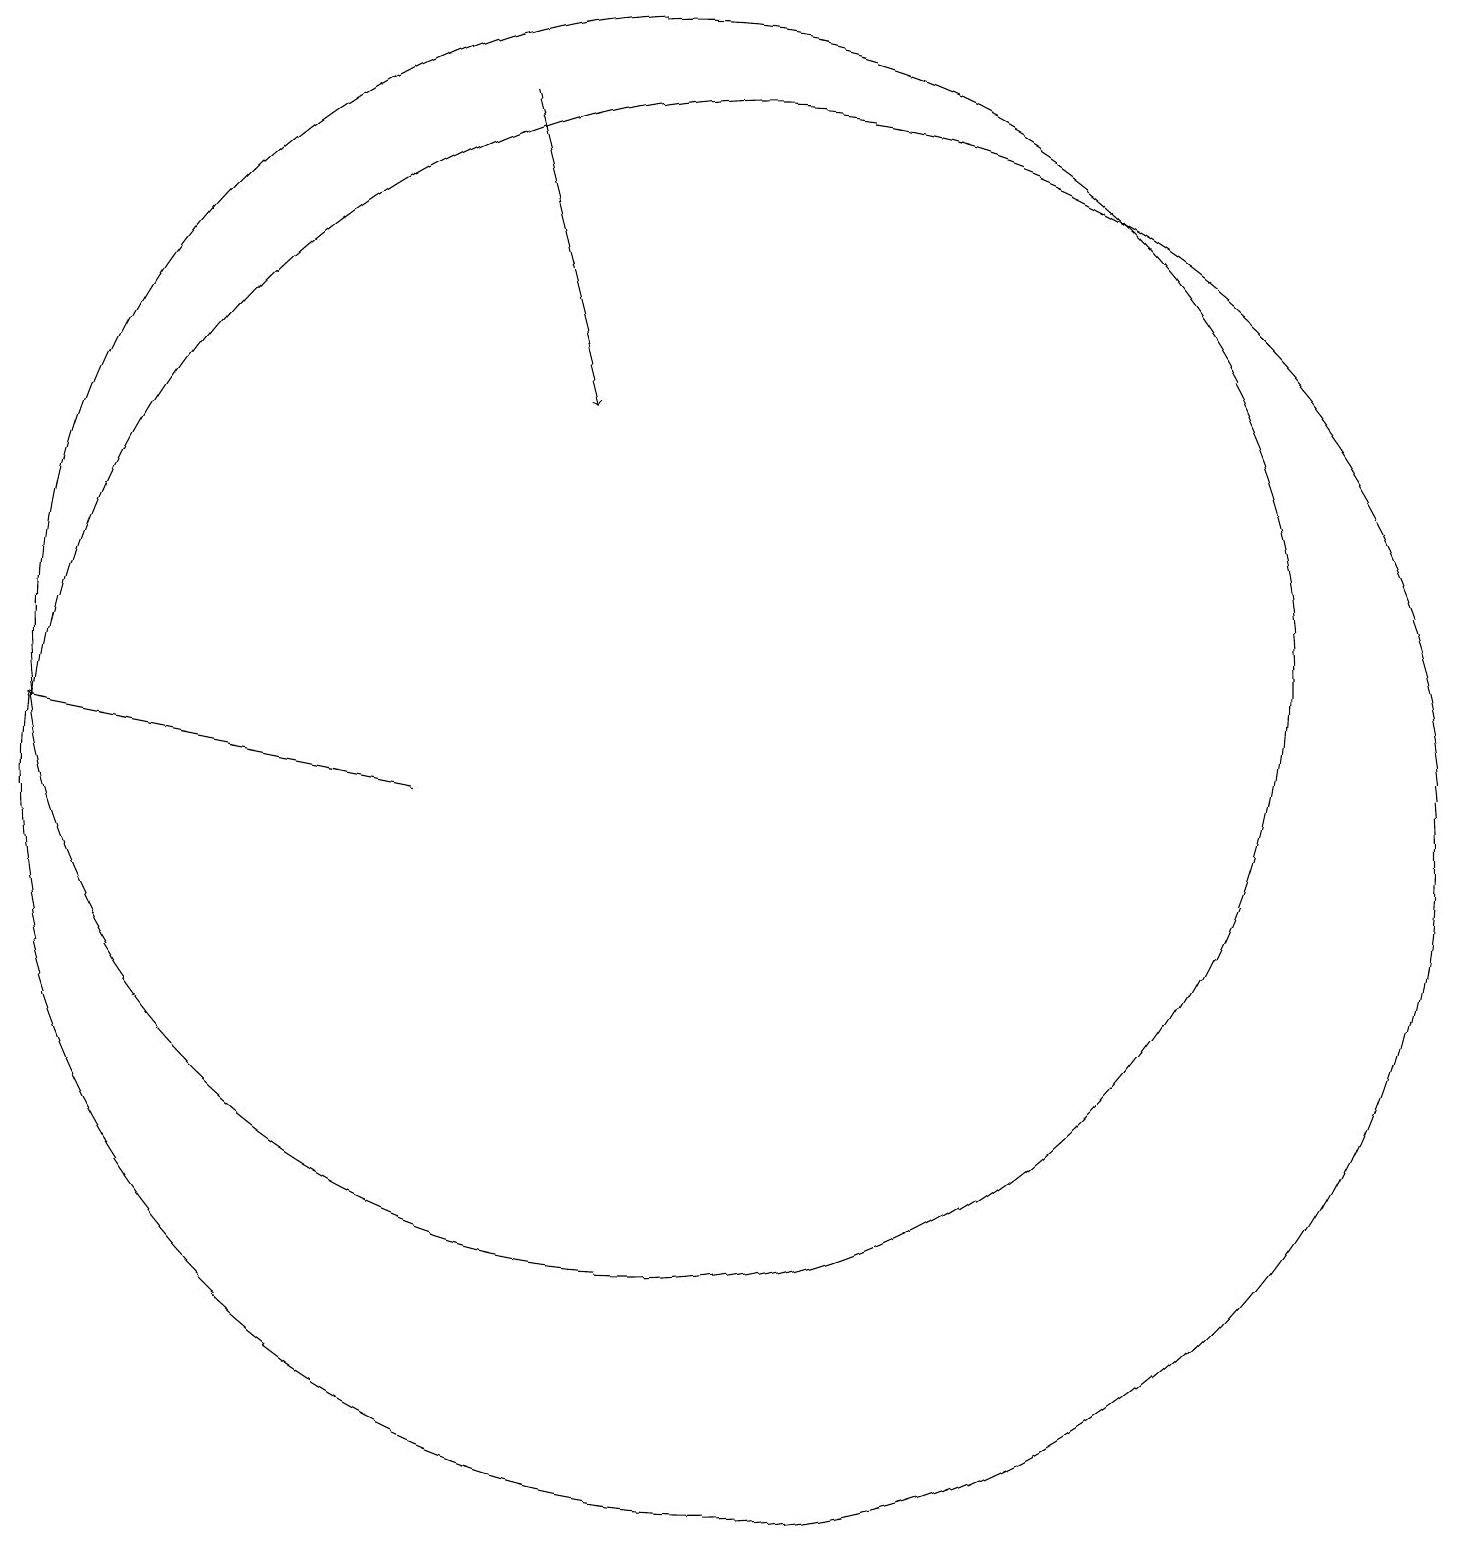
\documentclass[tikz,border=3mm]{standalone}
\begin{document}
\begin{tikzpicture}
\draw (11,10) circle (9);
\draw (10,12) circle (8);
\draw[->] (7,10) -- (2,11);
\draw[->] (8,19) -- (9,15);
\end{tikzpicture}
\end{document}